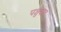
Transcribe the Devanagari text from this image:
पशुवाद